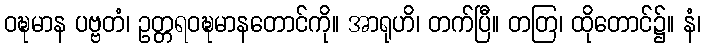
ဝဍ္ဎမာန ပဗ္ဗတံ၊ ဥတ္တရဝဍ္ဎမာနတောင်ကို။ အာရုဟိ၊ တက်ပြီ။ တတြ၊ ထိုတောင်၌။ နံ၊